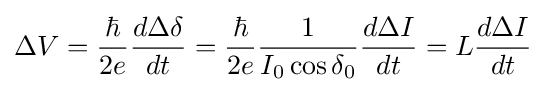
\Delta V={\frac {\hbar }{2e}}{\frac {d\Delta \delta }{dt}}={\frac {\hbar }{2e}}{\frac {1}{I_{0}\cos \delta _{0}}}{\frac {d\Delta I}{dt}}=L{\frac {d\Delta I}{dt}}